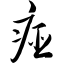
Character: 痖